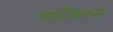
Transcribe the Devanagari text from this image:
पाठीवरुन